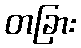
တခြား